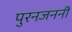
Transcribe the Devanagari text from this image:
पुरनजननी